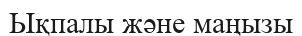
Ықпалы және маңызы